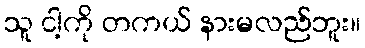
သူ ငါ့ကို တကယ် နားမလည်ဘူး။